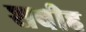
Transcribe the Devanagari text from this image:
शबीह